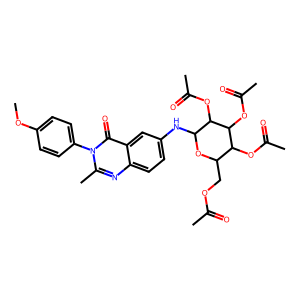
SMILES: COc1ccc(-n2c(C)nc3ccc(NC4OC(COC(C)=O)C(OC(C)=O)C(OC(C)=O)C4OC(C)=O)cc3c2=O)cc1
Inhibits HIV replication: No